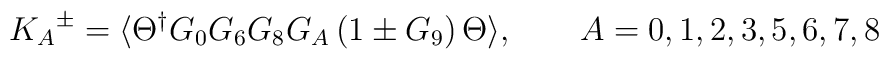
{K_A}^\pm = \langle \Theta^\dagger G_0 G_6 G_8 G_A \left(1 \pm G_9\right)  \Theta \rangle,   \qquad A = 0, 1, 2, 3, 5, 6, 7, 8